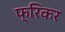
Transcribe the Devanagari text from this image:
फ्रिकर